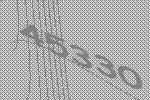
45330